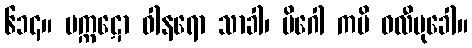
၆၁၄။ မက္ကဋော ဝါနရော သာခါ၊ မိဂေါ ကပိ ဝလီမုခေါ။